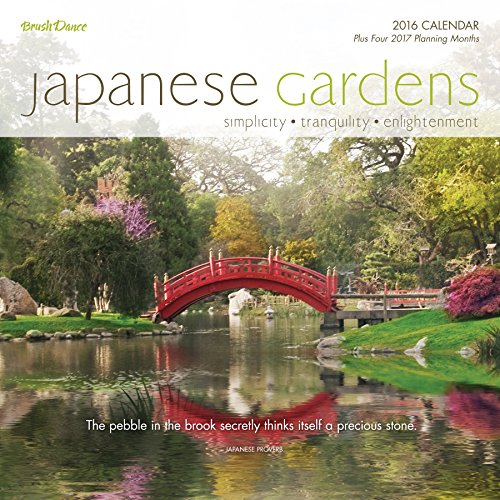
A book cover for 2016 Japanese Gardens Wall Calendar; Brush Dance; Calendars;